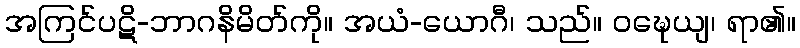
အကြင်ပဋိ-ဘာဂနိမိတ်ကို။ အယံ-ယောဂီ၊ သည်။ ဝဍ္ဎေယျ၊ ရာ၏။